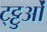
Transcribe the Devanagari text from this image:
ट्ट्टुओं